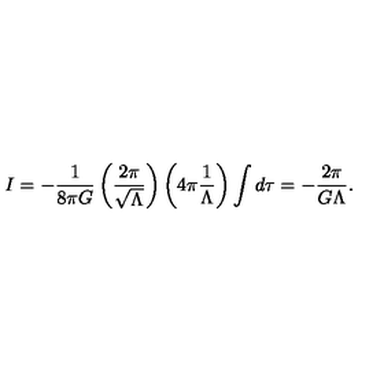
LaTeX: I = - \frac { 1 } { 8 \pi G } \left( \frac { 2 \pi } { \sqrt { \Lambda } } \right) \left( 4 \pi \frac { 1 } { \Lambda } \right) \int d \tau = - \frac { 2 \pi } { G \Lambda } .